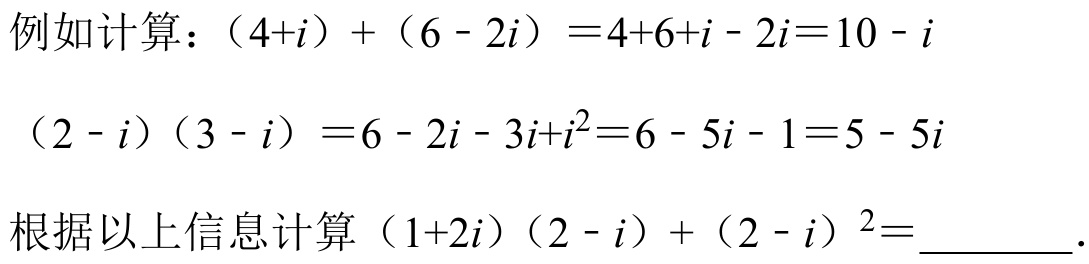
例如计算：\((4 + i)+(6 - 2i)=4 + 6 + i-2i = 10 - i\)
\((2 - i)(3 - i)=6 - 2i-3i + i^{2}=6 - 5i-1 = 5 - 5i\)
根据以上信息计算\((1 + 2i)(2 - i)+(2 - i)^{2}=\underline{\quad\quad}\).